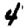
Digit: 4